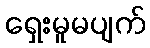
ရှေးမူမပျက်